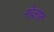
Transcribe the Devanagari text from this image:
गोलात